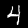
Digit: 4